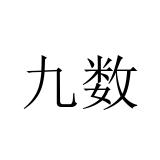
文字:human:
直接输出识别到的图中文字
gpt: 九数